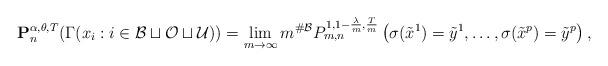
LaTeX: \begin{align*} \mathbf{P}_n^{\alpha,\theta,T} ( \Gamma(x_i : i \in \mathcal{B} \sqcup \mathcal{O} \sqcup \mathcal{U} )) = \lim_{m \to \infty} m^{ \# \mathcal{B} } P^{1,1-\frac{\lambda}{m},\frac{T}{m}}_{m,n} \left( \sigma(\tilde{x}^1) = \tilde{y}^1,\ldots,\sigma(\tilde{x}^p) = \tilde{y}^p \right) ,\end{align*}